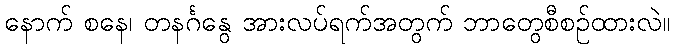
နောက် စနေ၊ တနင်္ဂနွေ အားလပ်ရက်အတွက် ဘာတွေစီစဉ်ထားလဲ။